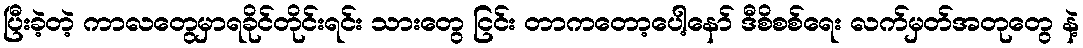
ပြီးခဲ့တဲ့ ကာလတွေမှာရခိုင်တိုင်းရင်း သားတွေ ငြင်း တာကတော့ပေါ့နော် ဒီစိစစ်ရေး လက်မှတ်အတုတွေ နဲ့